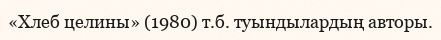
«Хлеб целины» (1980) т.б. туындылардың авторы.